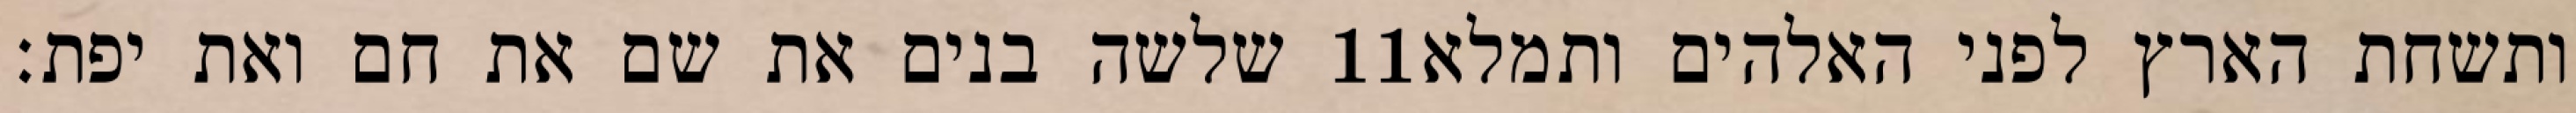
שלשה בנים את שם את חם ואת יפת׃ ‎11‏ ותשחת הארץ לפני האלהים ותמלא